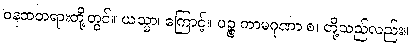
ဝနထတရားတို့တွင်။ ယသ္မာ၊ ကြောင့်။ ပဉ္စ ကာမဂုဏာ စ၊ တို့သည်လည်း။